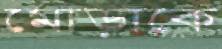
মোড়াকে